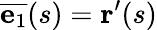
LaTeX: {\overline{{\mathbf{e}_{1}}}}(s)=\mathbf{r}^{\prime}(s)